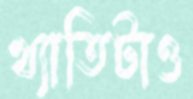
খ্যাতিটাও